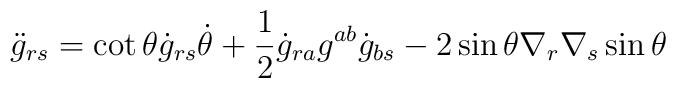
{\ddot g}_{rs}=\cot\theta{\dot g}_{rs}{\dot\theta}+\frac{1}{2}{\dot g}_{ra}g^{ab}{\dot g}_{bs}-2\sin\theta\nabla_r\nabla_s\sin\theta